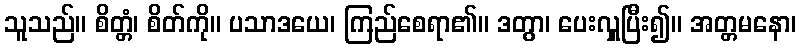
သူသည်။ စိတ္တံ၊ စိတ်ကို။ ပသာဒယေ၊ ကြည်စေရာ၏။ ဒတွာ၊ ပေးလှူပြီး၍။ အတ္တမနော၊